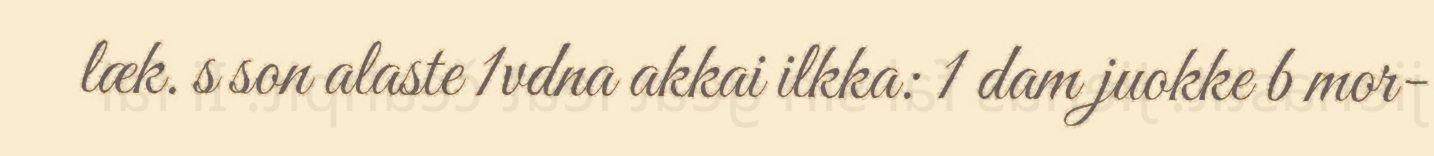
læk. s son alaste 1vdna akkai ilkka: 1 dam juokke b mor-